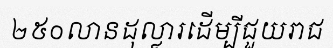
២៥០លានដុល្លារដើម្បីជួយរាជ